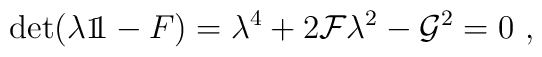
\det(\lambda{\leavevmode\hbox{\small1\kern-3.3pt\normalsize1}}-F)=\lambda^4+2{\cal F} \lambda^2-{\cal G}^2=0\ ,